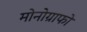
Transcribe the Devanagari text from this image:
मोनोग्राफो